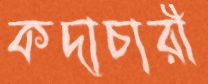
কদাচারী